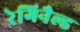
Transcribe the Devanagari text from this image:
रेगिनैल्ड